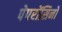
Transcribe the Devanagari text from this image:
पेपरोंसिनो